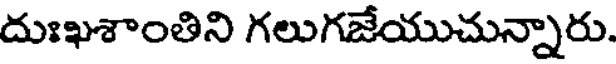
దుఃఖశాంతిని గలుగజేయుచున్నారు.